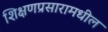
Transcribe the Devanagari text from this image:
शिक्षणप्रसारामधील